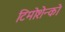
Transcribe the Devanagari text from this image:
टिमोशेन्को